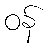
ဝန်